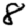
Digit: 8